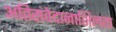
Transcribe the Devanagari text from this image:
अतिसंवेदानाशिलता